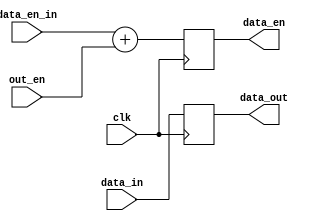
module source_out(
	input clk,
	input data_en_in,
	input out_en,
	input [7:0] data_in,
	output reg data_en,
	output reg [7:0] data_out
	);

always @(posedge clk)
begin
	data_en <= data_en_in + out_en;
	data_out <= data_in;
end

endmodule